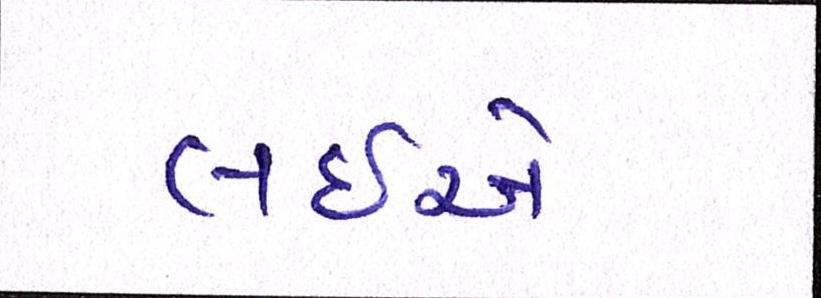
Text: લઇએ